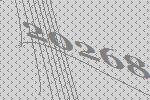
20268